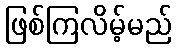
ဖြစ်ကြလိမ့်မည်